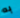
به